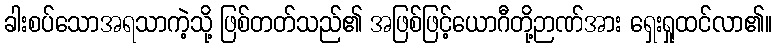
ခါးစပ်သောအရသာကဲ့သို့ ဖြစ်တတ်သည်၏ အဖြစ်ဖြင့်ယောဂီတို့ဉာဏ်အား ရှေးရှုထင်လာ၏။